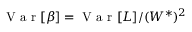
\mathrm { ~ V ~ a ~ r ~ } [ \beta ] = \mathrm { ~ V ~ a ~ r ~ } [ L ] / ( W ^ { * } ) ^ { 2 }